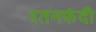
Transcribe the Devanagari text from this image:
रतनफंदी